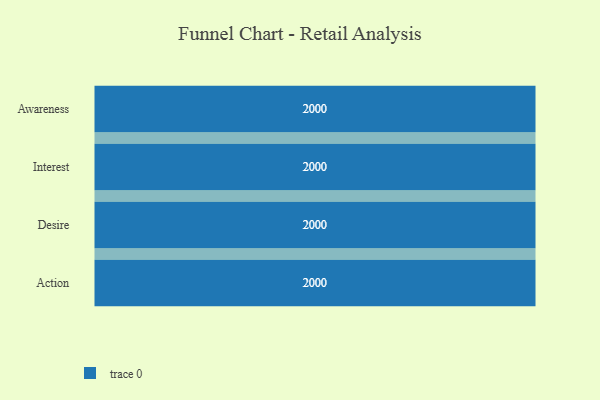
{"axis": {"x": "Stage", "y": "Value"}, "legend": [""], "data": [{"x": "Awareness", "y": 2000, "type": ""}, {"x": "Interest", "y": 2000, "type": ""}, {"x": "Desire", "y": 2000, "type": ""}, {"x": "Action", "y": 2000, "type": ""}]}